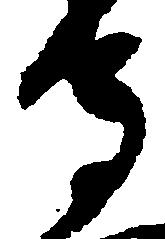
守